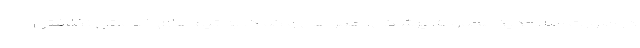
در صورت صلاحدید مجموعه پزشکی، همراهی و کمک به تیم‌های خدماتی نظافتی